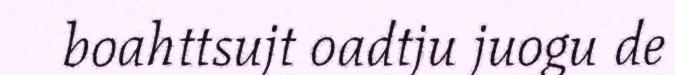
boahttsujt oadtju juogu de